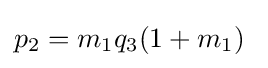
p_{2}=m_{1}q_{3}(1+m_{1})\